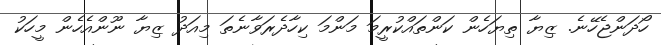
ހޯދަންޖެހޭނެ. ޒިޔާ ތިޔަހެން ކަންތައްކުރީމަ މަންމަ ކިހާދެރަވާނެތަ މިއަދު ޒިޔާ ނޫންއެހެން މީހަކު